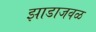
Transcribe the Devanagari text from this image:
झाडाजवळ